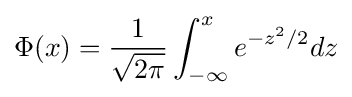
\Phi (x)={\frac {1}{\sqrt {2\pi }}}\int _{-\infty }^{x}e^{-z^{2}/2}dz